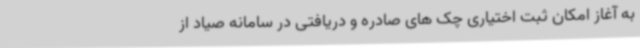
به آغاز امکان ثبت اختیاری چک های صادره و دریافتی در سامانه صیاد از